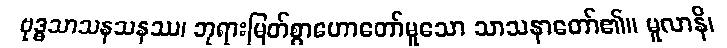
ဗုဒ္ဓသာသနသနဿ၊ ဘုရားမြတ်စွာဟောတော်မူသော သာသနာတော်၏။ မူလာနိ၊